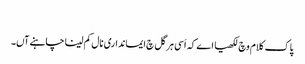
‏
پاک کلام وچ لکھیا اے کہ اَسی ہر گل چ ایمانداری نال کم لینا چاہنے آں۔